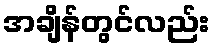
အချိန်တွင်လည်း